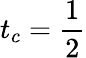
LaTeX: t_{c}=\frac{1}{2}